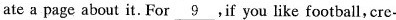
ate a page about it. For \underline{9}.If you like football, cre-